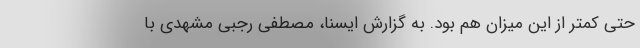
حتی کمتر از این میزان هم بود. به گزارش ایسنا، مصطفی رجبی مشهدی با